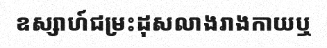
ឧស្សាហ៍ជម្រះដុសលាងរាងកាយឬ